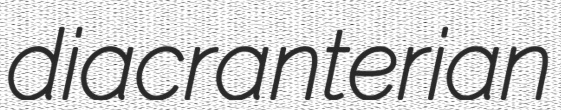
diacranterian